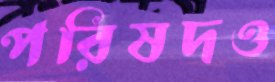
পরিষদও